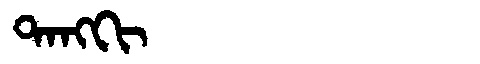
Manchu: ᡨᠠᠩᡴᡳ
Romanization: TANGKI